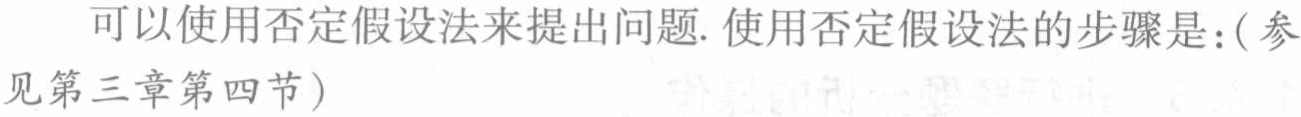
可以使用否定假设法来提出问题. 使用否定假设法的步骤是：(参见第三章第四节)